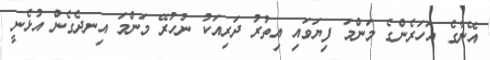
އޭނާގެ އަހަރެންގެ މަންމަ ފިޔަވައި އިތުރު ދަރިއަކު ނުހުރޭ މަންމަ އިނދެގެން އުޅެނީ